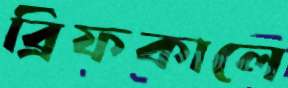
ব্রিফকালে